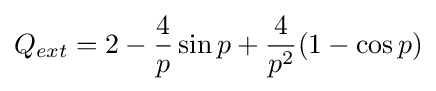
Q_{ext}=2-{\frac {4}{p}}\sin {p}+{\frac {4}{p^{2}}}(1-\cos {p})